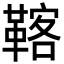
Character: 𩋽